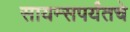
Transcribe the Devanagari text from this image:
सायन्सपर्यंतचे